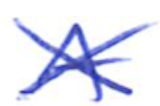
Text: A
Cross-out: cross
Writing tool: ballpoint